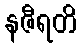
နဇီရတိ